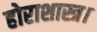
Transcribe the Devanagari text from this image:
होराशास्त्र।